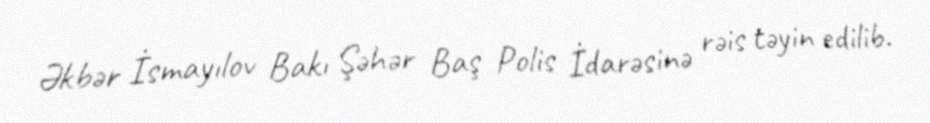
Əkbər İsmayılov Bakı Şəhər Baş Polis İdarəsinə rəis təyin edilib.